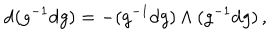
\mathrm { d } ( g ^ { - 1 } \mathrm { d } g ) = - ( g ^ { - 1 } \mathrm { d } g ) \wedge ( g ^ { - 1 } \mathrm { d } g ) \, ,